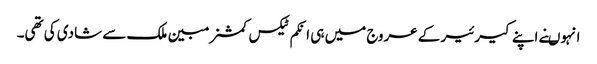
انہوںنے اپنے کیرئیر کے عروج میں ہی انکم ٹیکس کمشنر مبین ملک سے شادی کی تھی۔